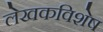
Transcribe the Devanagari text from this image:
लेखकविशेष